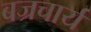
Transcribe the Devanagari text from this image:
बज्रचार्य